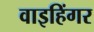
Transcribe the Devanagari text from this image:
वाइहिंगर